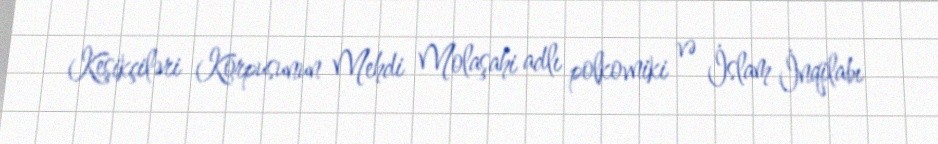
Keşikçiləri Korpusunun Mehdi Molaşahi adlı polkovniki və İslam İnqilabı